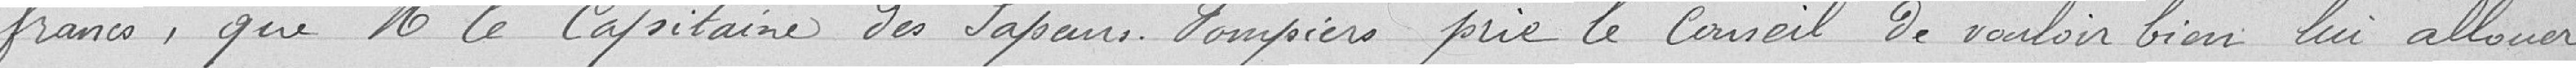
francs, que M. le Capitaine des Sapeurs Pompiers prie le Conseil de bien vouloir lui allouer